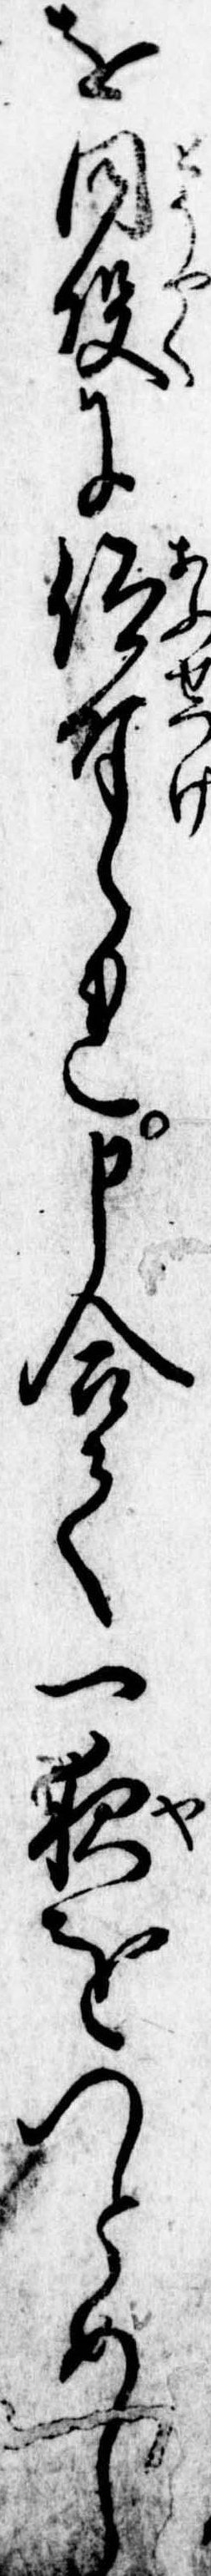
を同役に仰付られ申合て一夜をつとめし